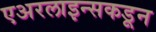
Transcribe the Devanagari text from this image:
एअरलाइन्सकडून